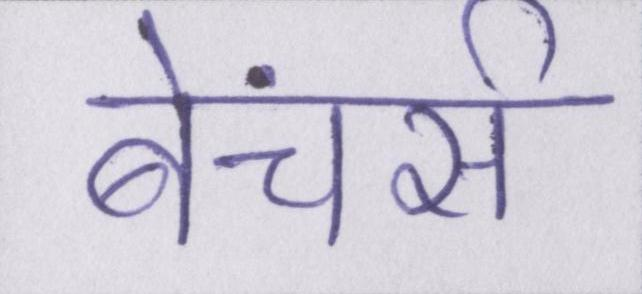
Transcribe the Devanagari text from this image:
बेंचर्स